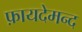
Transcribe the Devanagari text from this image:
फ़ायदेमन्द